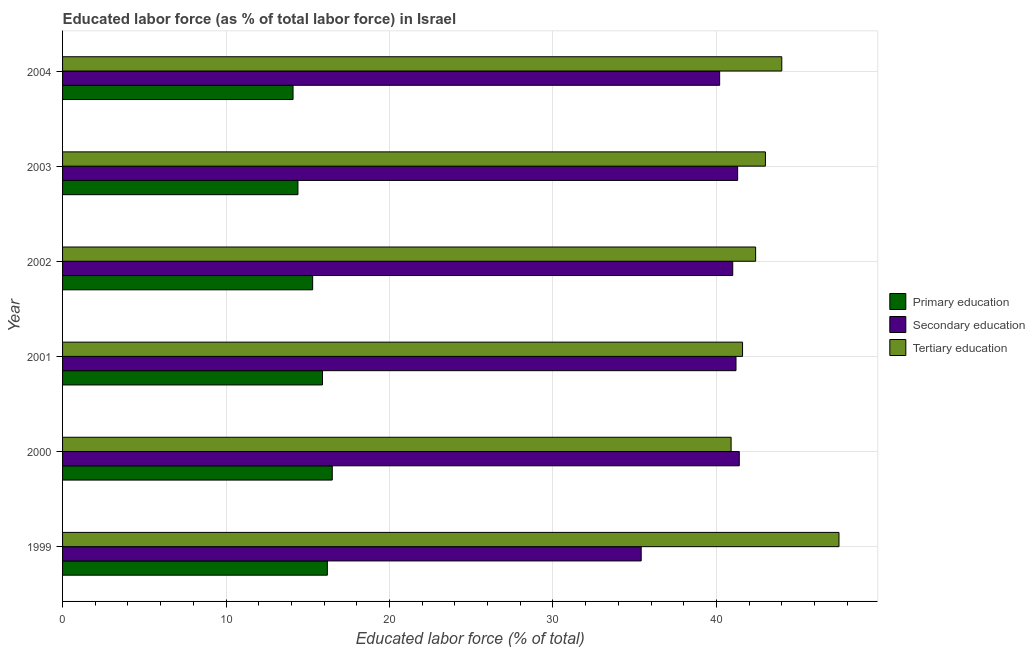
| Year | Primary education | Secondary education | Tertiary education |
 | --- | --- | --- | --- |
 | 1999 | 16.2 | 35.4 | 47.5 |
 | 2000 | 16.5 | 41.4 | 40.9 |
 | 2001 | 15.9 | 41.2 | 41.6 |
 | 2002 | 15.3 | 41 | 42.4 |
 | 2003 | 14.4 | 41.3 | 43 |
 | 2004 | 14.1 | 40.2 | 44 |